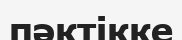
пәктікке